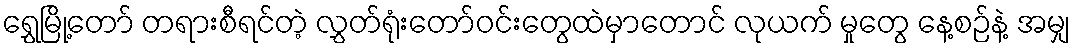
ရွှေမြို့တော် တရားစီရင်တဲ့ လွှတ်ရုံးတော်ဝင်းတွေထဲမှာတောင် လုယက် မှုတွေ နေ့စဉ်နဲ့ အမျှ